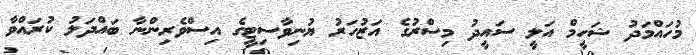
މުހައްމަދު ޝަހީމް އަލީ ސައީދު މިސްރުގެ އަޒުހަރު ޔުނިވާސިޓީގެ އިސްވެރިންނާ ބައްދަލު ކުރައްވާ